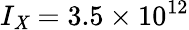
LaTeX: I_{\mathit{X}}=3.5\times10^{12}